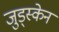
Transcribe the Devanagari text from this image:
जुड्स्केन